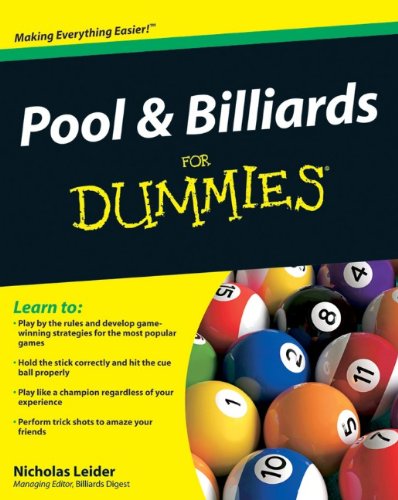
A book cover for Pool and Billiards For Dummies; Nicholas Leider; Sports & Outdoors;